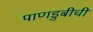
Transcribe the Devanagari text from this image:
पाणडुबीची